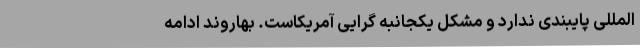
المللی پایبندی ندارد و مشکل یکجانبه گرایی آمریکاست. بهاروند ادامه